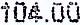
104.00